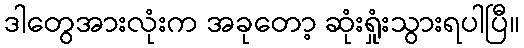
ဒါတွေအားလုံးက အခုတော့ ဆုံးရှုံးသွားရပါပြီ။